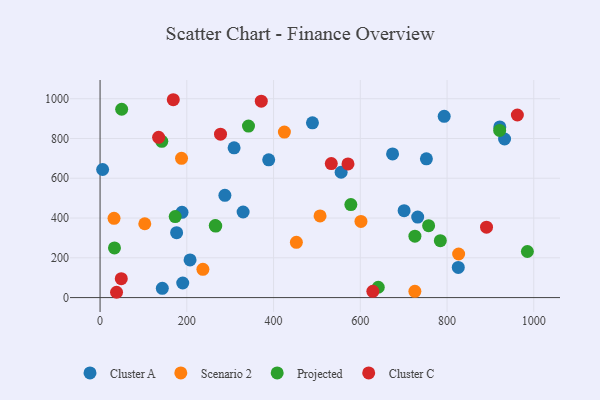
{"axis": {"x": "Engine Size", "y": "Demand"}, "legend": ["Cluster A", "Cluster C", "Projected", "Scenario 2"], "data": [{"x": "932.6", "y": 797.5, "type": "Cluster A"}, {"x": "5.9", "y": 644.1, "type": "Cluster A"}, {"x": "555.8", "y": 630.3, "type": "Cluster A"}, {"x": "143.5", "y": 46.6, "type": "Cluster A"}, {"x": "287.8", "y": 514.0, "type": "Cluster A"}, {"x": "207.5", "y": 189.5, "type": "Cluster A"}, {"x": "188.9", "y": 428.7, "type": "Cluster A"}, {"x": "176.5", "y": 326.2, "type": "Cluster A"}, {"x": "489.7", "y": 878.8, "type": "Cluster A"}, {"x": "825.9", "y": 151.7, "type": "Cluster A"}, {"x": "752.4", "y": 697.9, "type": "Cluster A"}, {"x": "329.8", "y": 430.4, "type": "Cluster A"}, {"x": "674.4", "y": 722.3, "type": "Cluster A"}, {"x": "190.6", "y": 73.4, "type": "Cluster A"}, {"x": "309.0", "y": 752.8, "type": "Cluster A"}, {"x": "921.6", "y": 857.9, "type": "Cluster A"}, {"x": "732.3", "y": 404.6, "type": "Cluster A"}, {"x": "701.0", "y": 437.0, "type": "Cluster A"}, {"x": "793.4", "y": 911.6, "type": "Cluster A"}, {"x": "388.8", "y": 692.6, "type": "Cluster A"}, {"x": "452.6", "y": 277.8, "type": "Scenario 2"}, {"x": "103.1", "y": 371.2, "type": "Scenario 2"}, {"x": "425.0", "y": 832.4, "type": "Scenario 2"}, {"x": "507.2", "y": 410.5, "type": "Scenario 2"}, {"x": "237.1", "y": 142.0, "type": "Scenario 2"}, {"x": "187.8", "y": 700.1, "type": "Scenario 2"}, {"x": "826.7", "y": 219.1, "type": "Scenario 2"}, {"x": "32.2", "y": 398.7, "type": "Scenario 2"}, {"x": "725.8", "y": 31.7, "type": "Scenario 2"}, {"x": "601.5", "y": 383.1, "type": "Scenario 2"}, {"x": "921.3", "y": 840.4, "type": "Projected"}, {"x": "641.4", "y": 52.0, "type": "Projected"}, {"x": "173.2", "y": 407.3, "type": "Projected"}, {"x": "757.5", "y": 361.6, "type": "Projected"}, {"x": "265.6", "y": 362.0, "type": "Projected"}, {"x": "725.9", "y": 308.6, "type": "Projected"}, {"x": "266.7", "y": 359.7, "type": "Projected"}, {"x": "142.3", "y": 785.7, "type": "Projected"}, {"x": "578.2", "y": 467.5, "type": "Projected"}, {"x": "784.5", "y": 286.0, "type": "Projected"}, {"x": "985.2", "y": 231.8, "type": "Projected"}, {"x": "33.2", "y": 249.9, "type": "Projected"}, {"x": "342.2", "y": 862.6, "type": "Projected"}, {"x": "49.8", "y": 946.9, "type": "Projected"}, {"x": "962.1", "y": 918.2, "type": "Cluster C"}, {"x": "891.0", "y": 353.9, "type": "Cluster C"}, {"x": "38.0", "y": 26.7, "type": "Cluster C"}, {"x": "533.1", "y": 674.0, "type": "Cluster C"}, {"x": "48.9", "y": 95.3, "type": "Cluster C"}, {"x": "371.7", "y": 987.4, "type": "Cluster C"}, {"x": "135.0", "y": 805.9, "type": "Cluster C"}, {"x": "628.9", "y": 31.3, "type": "Cluster C"}, {"x": "571.6", "y": 672.3, "type": "Cluster C"}, {"x": "277.7", "y": 821.7, "type": "Cluster C"}, {"x": "168.8", "y": 994.9, "type": "Cluster C"}]}